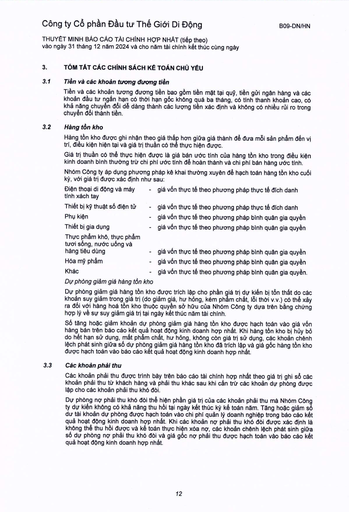
|Điện thoại di động và máy tính xách tay|- giá vốn thực tế theo phương pháp thực tế đích danh| |---|---| |Thiết bị kỹ thuật số điện tử|- giá vốn thực tế theo phương pháp thực tế đích danh| |Phụ kiện|- giá vốn thực tế theo phương pháp bình quân gia quyền| |Thiết bị gia dụng|- giá vốn thực tế theo phương pháp bình quân gia quyền| |Thực phẩm khô, thực phẩm tươi sống, nước uống và hàng tiêu dùng|- giá vốn thực tế theo phương pháp bình quân gia quyền| |Hóa mỹ phẩm|giá vốn thực tế theo phương pháp bình quân gia quyền| |Khác|- giá vốn thực tế theo phương pháp bình quân gia quyền.|